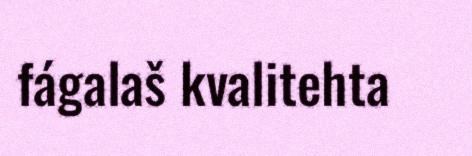
fágalaš kvalitehta